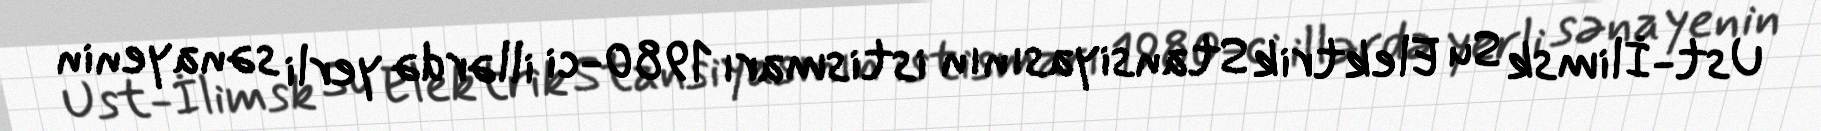
Ust-İlimsk Su Elektrik Stansiyasının istismarı 1980-ci illərdə yerli sənayenin